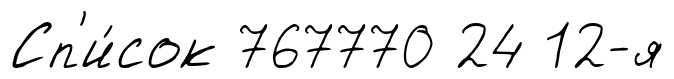
Сп'и́сок 767770 24 12-я